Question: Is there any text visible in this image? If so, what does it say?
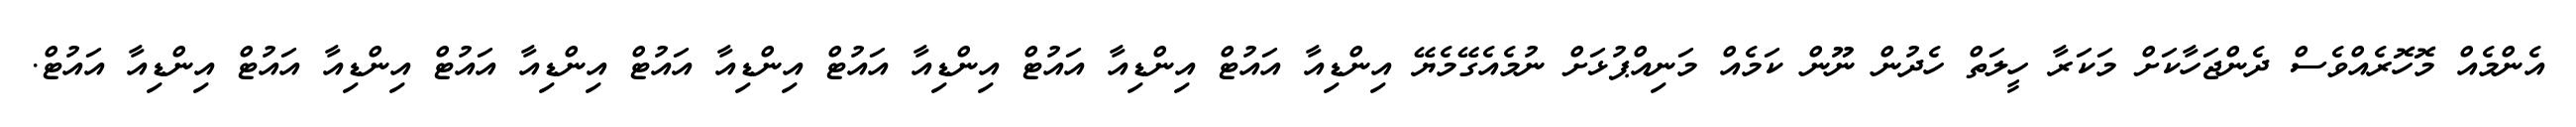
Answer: އެންމެއް މޮހޮރެއްވެސް ދެންޖަހާކަށް މަކަރާ ހީލަތް ހެދުން ނޫން ކަމެއް މަނިއްޕުޅަށް ނުމެއެގޭމެޔޭ އިންޑިއާ އައުޓް އިންޑިއާ އައުޓް އިންޑިއާ އައުޓް އިންޑިއާ އައުޓް އިންޑިއާ އައުޓް އިންޑިއާ އައުޓް އިންޑިއާ އައުޓް.